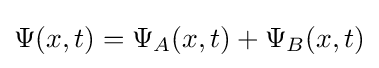
\Psi (x,t)=\Psi _{A}(x,t)+\Psi _{B}(x,t)